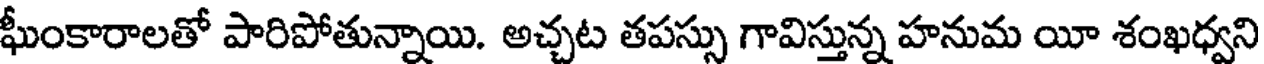
ఘీంకారాలతో పారిపోతున్నాయి. అచ్చట తపస్సు గావిస్తున్న హనుమ యీ శంఖధ్వని